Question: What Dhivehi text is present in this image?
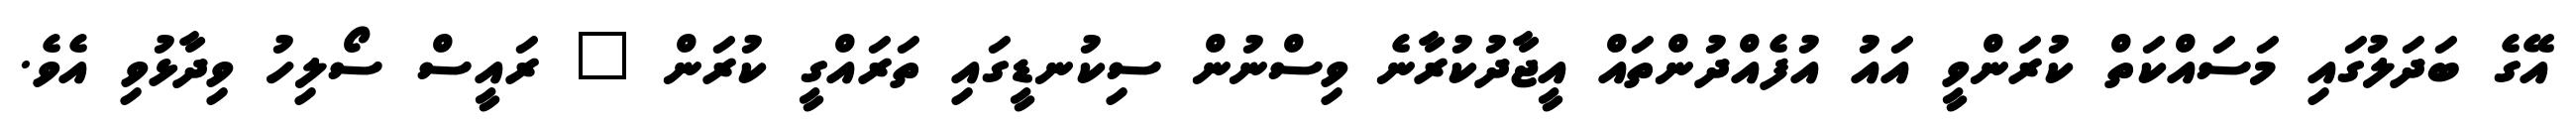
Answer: އޭގެ ބަދަލުގައި މަސައްކަތް ކުރަންވީ އައު އުފެއްދުންތައް އީޖާދުކުރާނެ ވިސްނުން ސިކުނޑީގައި ތަރައްގީ ކުރަން " ރައީސް ސޯލިހު ވިދާޅުވި އެވެ.